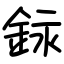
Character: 銢